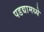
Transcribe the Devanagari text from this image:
पडद्यामध्ये